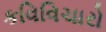
કવિવિચારો